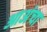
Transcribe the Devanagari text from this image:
आअंचा